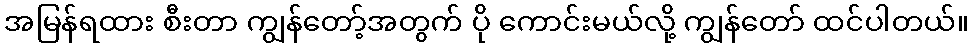
အမြန်ရထား စီးတာ ကျွန်တော့်အတွက် ပို ကောင်းမယ်လို့ ကျွန်တော် ထင်ပါတယ်။